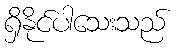
ရှိနိုင်ပါသေးသည်